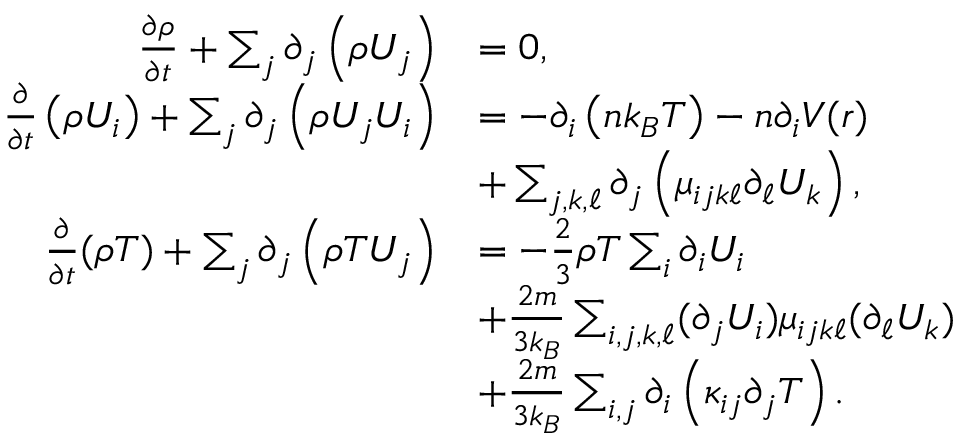
\begin{array} { r l } { \frac { \partial \rho } { \partial t } + \sum _ { j } \partial _ { j } \left( { \rho U _ { j } } \right) } & { = 0 , } \\ { \frac { \partial } { \partial t } \left( \rho U _ { i } \right) + \sum _ { j } \partial _ { j } \left( \rho U _ { j } U _ { i } \right) } & { = - \partial _ { i } \left( n k _ { B } T \right) - n \partial _ { i } V ( \boldsymbol { r } ) } \\ & { + \sum _ { j , k , \ell } \partial _ { j } \left( \mu _ { i j k \ell } \partial _ { \ell } U _ { k } \right) , } \\ { \frac { \partial } { \partial t } ( \rho T ) + \sum _ { j } \partial _ { j } \left( \rho T U _ { j } \right) } & { = - \frac { 2 } { 3 } \rho T \sum _ { i } \partial _ { i } U _ { i } } \\ & { + \frac { 2 m } { 3 k _ { B } } \sum _ { i , j , k , \ell } ( \partial _ { j } U _ { i } ) \mu _ { i j k \ell } ( \partial _ { \ell } U _ { k } ) } \\ & { + \frac { 2 m } { 3 k _ { B } } \sum _ { i , j } \partial _ { i } \left( \kappa _ { i j } \partial _ { j } T \right) . } \end{array}